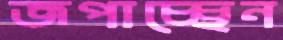
জপাচ্ছেন